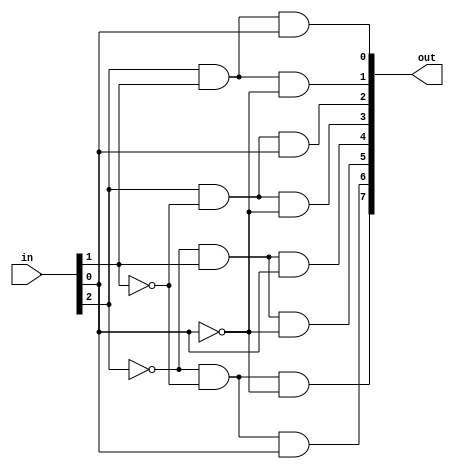
module DECODER(out,in);
    output [0:7] out;
    input [0:2] in;
    wire [0:2] negin;
    not (negin[0],in[0]);
    not (negin[1],in[1]);
    not (negin[2],in[2]);
    and (out[0],negin[0],negin[1],negin[2]);
    and (out[1],negin[0],negin[1],in[2]);
    and (out[2],negin[0],in[1],negin[2]);
    and (out[3],negin[0],in[1],in[2]);
    and (out[4],in[0],negin[1],negin[2]);
    and (out[5],in[0],negin[1],in[2]);
    and (out[6],in[0],in[1],negin[2]);
    and (out[7],in[0],in[1],in[2]);
endmodule